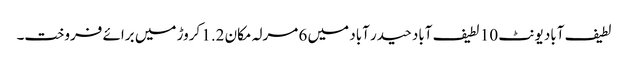
لطیف آباد یونٹ 10 لطیف آباد حیدر آباد میں 6 مرلہ مکان 1.2 کروڑ میں برائے فروخت۔